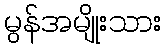
မွန်အမျိုးသား